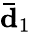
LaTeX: \mathbf{\bar{d}}_{1}